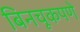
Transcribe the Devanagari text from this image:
बिनचूकपणे